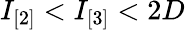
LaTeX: I_{[2]}<I_{[3]}<2D